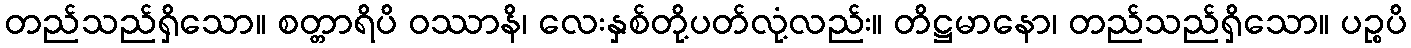
တည်သည်ရှိသော။ စတ္တာရိပိ ဝဿာနိ၊ လေးနှစ်တို့ပတ်လုံ့လည်း။ တိဋ္ဌမာနော၊ တည်သည်ရှိသော။ ပဉ္စပိ